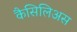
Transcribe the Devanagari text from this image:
कैसिलिअस